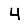
Digit: 4